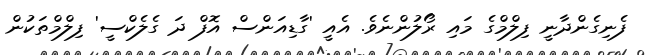
ފެނިގެންދާނީ ފިލްމްގެ މައި ރޯލުންނެވެ. އެއީ 'ގާޑިއަންސް އޮފް ދަ ގެލެކްސީ' ފިލްމްތަކުން